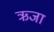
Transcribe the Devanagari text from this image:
ऋजा